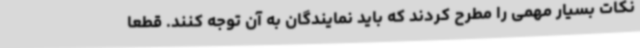
نکات بسیار مهمی را مطرح کردند که باید نمایندگان به آن توجه کنند. قطعا